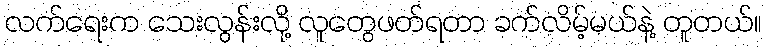
လက်ရေးက သေးလွန်းလို့ လူတွေဖတ်ရတာ ခက်လိမ့်မယ်နဲ့ တူတယ်။